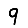
Digit: 9